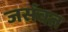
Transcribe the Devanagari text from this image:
जसंवत